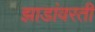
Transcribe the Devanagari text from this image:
झाडांवरती